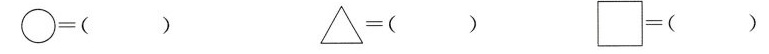
\bigcirc=( ） \triangle=（ ） \Box=（ ）